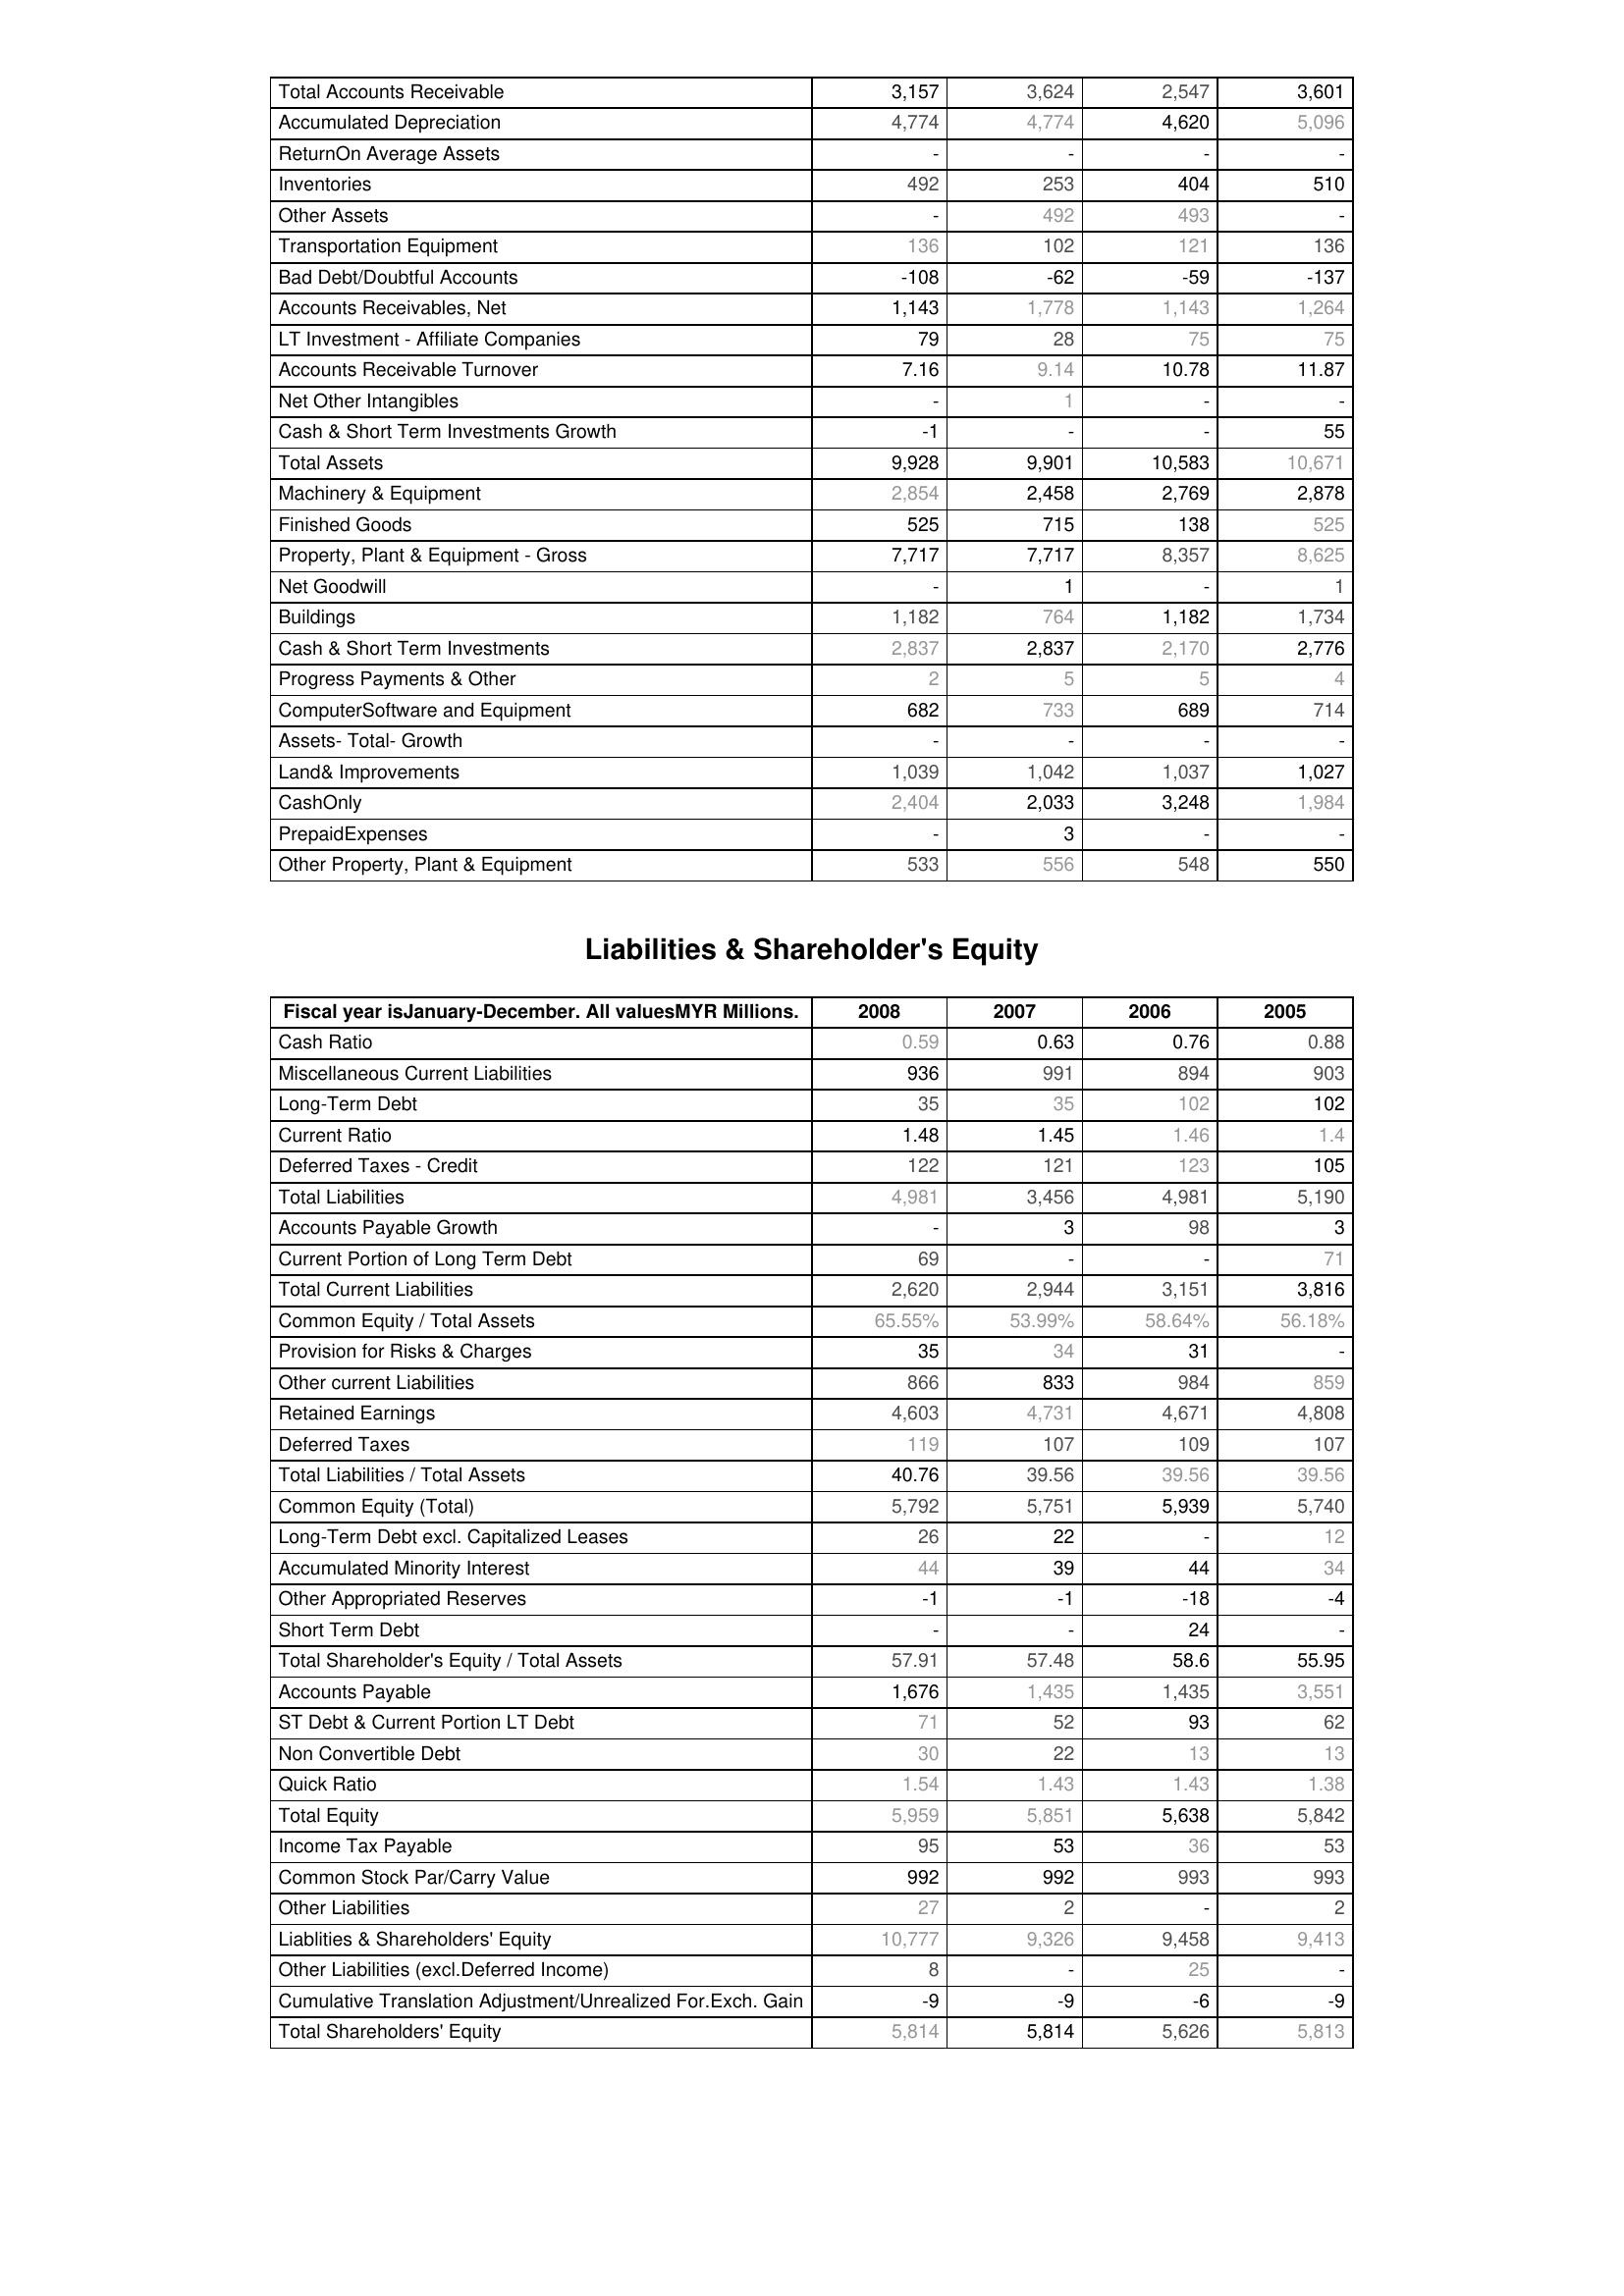
2008: Assets: Total Accounts Receivable: 3,157
Accumulated Depreciation: 4,774
ReturnOn Average Assets: -
Inventories: 492
Other Assets: -
Transportation Equipment: 136
Bad Debt/Doubtful Accounts: -108
Accounts Receivables, Net: 1,143
LT Investment - Affiliate Companies: 79
Accounts Receivable Turnover: 7.16
Net Other Intangibles: -
Cash & Short Term Investments Growth: -1
Total Assets: 9,928
Machinery & Equipment: 2,854
Finished Goods: 525
Property, Plant & Equipment - Gross : 7,717
Net Goodwill: -
Buildings: 1,182
Cash & Short Term Investments: 2,837
Progress Payments & Other: 2
ComputerSoftware and Equipment: 682
Assets- Total- Growth: -
Land& Improvements: 1,039
CashOnly: 2,404
PrepaidExpenses: -
Other Property, Plant & Equipment: 533
Liabilities & Shareholder's Equity: Cash Ratio: 0.59
Miscellaneous Current Liabilities: 936
Long-Term Debt: 35
Current Ratio: 1.48
Deferred Taxes - Credit: 122
Total Liabilities: 4,981
Accounts Payable Growth: -
Current Portion of Long Term Debt: 69
Total Current Liabilities: 2,620
Common Equity / Total Assets: 65.55%
Provision for Risks & Charges: 35
Other current Liabilities: 866
Retained Earnings: 4,603
Deferred Taxes: 119
Total Liabilities / Total Assets: 40.76
Common Equity (Total): 5,792
Long-Term Debt excl. Capitalized Leases: 26
Accumulated Minority Interest: 44
Other Appropriated Reserves: -1
Short Term Debt: -
Total Shareholder's Equity / Total Assets: 57.91
Accounts Payable: 1,676
ST Debt & Current Portion LT Debt: 71
Non Convertible Debt: 30
Quick Ratio: 1.54
Total Equity: 5,959
Income Tax Payable: 95
Common Stock Par/Carry Value: 992
Other Liabilities: 27
Liablities & Shareholders' Equity: 10,777
Other Liabilities (excl.Deferred Income): 8
Cumulative Translation Adjustment/Unrealized For.Exch. Gain: -9
Total Shareholders' Equity: 5,814
2007: Assets: Total Accounts Receivable: 3,624
Accumulated Depreciation: 4,774
ReturnOn Average Assets: -
Inventories: 253
Other Assets: 492
Transportation Equipment: 102
Bad Debt/Doubtful Accounts: -62
Accounts Receivables, Net: 1,778
LT Investment - Affiliate Companies: 28
Accounts Receivable Turnover: 9.14
Net Other Intangibles: 1
Cash & Short Term Investments Growth: -
Total Assets: 9,901
Machinery & Equipment: 2,458
Finished Goods: 715
Property, Plant & Equipment - Gross : 7,717
Net Goodwill: 1
Buildings: 764
Cash & Short Term Investments: 2,837
Progress Payments & Other: 5
ComputerSoftware and Equipment: 733
Assets- Total- Growth: -
Land& Improvements: 1,042
CashOnly: 2,033
PrepaidExpenses: 3
Other Property, Plant & Equipment: 556
Liabilities & Shareholder's Equity: Cash Ratio: 0.63
Miscellaneous Current Liabilities: 991
Long-Term Debt: 35
Current Ratio: 1.45
Deferred Taxes - Credit: 121
Total Liabilities: 3,456
Accounts Payable Growth: 3
Current Portion of Long Term Debt: -
Total Current Liabilities: 2,944
Common Equity / Total Assets: 53.99%
Provision for Risks & Charges: 34
Other current Liabilities: 833
Retained Earnings: 4,731
Deferred Taxes: 107
Total Liabilities / Total Assets: 39.56
Common Equity (Total): 5,751
Long-Term Debt excl. Capitalized Leases: 22
Accumulated Minority Interest: 39
Other Appropriated Reserves: -1
Short Term Debt: -
Total Shareholder's Equity / Total Assets: 57.48
Accounts Payable: 1,435
ST Debt & Current Portion LT Debt: 52
Non Convertible Debt: 22
Quick Ratio: 1.43
Total Equity: 5,851
Income Tax Payable: 53
Common Stock Par/Carry Value: 992
Other Liabilities: 2
Liablities & Shareholders' Equity: 9,326
Other Liabilities (excl.Deferred Income): -
Cumulative Translation Adjustment/Unrealized For.Exch. Gain: -9
Total Shareholders' Equity: 5,814
2006: Assets: Total Accounts Receivable: 2,547
Accumulated Depreciation: 4,620
ReturnOn Average Assets: -
Inventories: 404
Other Assets: 493
Transportation Equipment: 121
Bad Debt/Doubtful Accounts: -59
Accounts Receivables, Net: 1,143
LT Investment - Affiliate Companies: 75
Accounts Receivable Turnover: 10.78
Net Other Intangibles: -
Cash & Short Term Investments Growth: -
Total Assets: 10,583
Machinery & Equipment: 2,769
Finished Goods: 138
Property, Plant & Equipment - Gross : 8,357
Net Goodwill: -
Buildings: 1,182
Cash & Short Term Investments: 2,170
Progress Payments & Other: 5
ComputerSoftware and Equipment: 689
Assets- Total- Growth: -
Land& Improvements: 1,037
CashOnly: 3,248
PrepaidExpenses: -
Other Property, Plant & Equipment: 548
Liabilities & Shareholder's Equity: Cash Ratio: 0.76
Miscellaneous Current Liabilities: 894
Long-Term Debt: 102
Current Ratio: 1.46
Deferred Taxes - Credit: 123
Total Liabilities: 4,981
Accounts Payable Growth: 98
Current Portion of Long Term Debt: -
Total Current Liabilities: 3,151
Common Equity / Total Assets: 58.64%
Provision for Risks & Charges: 31
Other current Liabilities: 984
Retained Earnings: 4,671
Deferred Taxes: 109
Total Liabilities / Total Assets: 39.56
Common Equity (Total): 5,939
Long-Term Debt excl. Capitalized Leases: -
Accumulated Minority Interest: 44
Other Appropriated Reserves: -18
Short Term Debt: 24
Total Shareholder's Equity / Total Assets: 58.6
Accounts Payable: 1,435
ST Debt & Current Portion LT Debt: 93
Non Convertible Debt: 13
Quick Ratio: 1.43
Total Equity: 5,638
Income Tax Payable: 36
Common Stock Par/Carry Value: 993
Other Liabilities: -
Liablities & Shareholders' Equity: 9,458
Other Liabilities (excl.Deferred Income): 25
Cumulative Translation Adjustment/Unrealized For.Exch. Gain: -6
Total Shareholders' Equity: 5,626
2005: Assets: Total Accounts Receivable: 3,601
Accumulated Depreciation: 5,096
ReturnOn Average Assets: -
Inventories: 510
Other Assets: -
Transportation Equipment: 136
Bad Debt/Doubtful Accounts: -137
Accounts Receivables, Net: 1,264
LT Investment - Affiliate Companies: 75
Accounts Receivable Turnover: 11.87
Net Other Intangibles: -
Cash & Short Term Investments Growth: 55
Total Assets: 10,671
Machinery & Equipment: 2,878
Finished Goods: 525
Property, Plant & Equipment - Gross : 8,625
Net Goodwill: 1
Buildings: 1,734
Cash & Short Term Investments: 2,776
Progress Payments & Other: 4
ComputerSoftware and Equipment: 714
Assets- Total- Growth: -
Land& Improvements: 1,027
CashOnly: 1,984
PrepaidExpenses: -
Other Property, Plant & Equipment: 550
Liabilities & Shareholder's Equity: Cash Ratio: 0.88
Miscellaneous Current Liabilities: 903
Long-Term Debt: 102
Current Ratio: 1.4
Deferred Taxes - Credit: 105
Total Liabilities: 5,190
Accounts Payable Growth: 3
Current Portion of Long Term Debt: 71
Total Current Liabilities: 3,816
Common Equity / Total Assets: 56.18%
Provision for Risks & Charges: -
Other current Liabilities: 859
Retained Earnings: 4,808
Deferred Taxes: 107
Total Liabilities / Total Assets: 39.56
Common Equity (Total): 5,740
Long-Term Debt excl. Capitalized Leases: 12
Accumulated Minority Interest: 34
Other Appropriated Reserves: -4
Short Term Debt: -
Total Shareholder's Equity / Total Assets: 55.95
Accounts Payable: 3,551
ST Debt & Current Portion LT Debt: 62
Non Convertible Debt: 13
Quick Ratio: 1.38
Total Equity: 5,842
Income Tax Payable: 53
Common Stock Par/Carry Value: 993
Other Liabilities: 2
Liablities & Shareholders' Equity: 9,413
Other Liabilities (excl.Deferred Income): -
Cumulative Translation Adjustment/Unrealized For.Exch. Gain: -9
Total Shareholders' Equity: 5,813